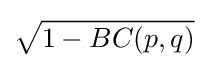
{\sqrt {1-BC(p,q)}}